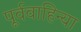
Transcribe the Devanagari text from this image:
पूर्ववाहिन्या